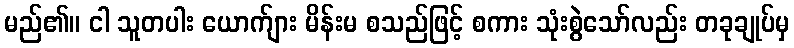
မည်၏။ ငါ သူတပါး ယောက်ျား မိန်းမ စသည်ဖြင့် စကား သုံးစွဲသော်လည်း တခုချုပ်မှ